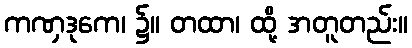
ကဏှဒုကေ၊ ၌။ တထာ၊ ထို့ အတူတည်း။